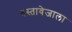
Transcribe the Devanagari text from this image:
दस्तावेजाला